Bombay plague: being a history of the progress of plague in the Bombay presidency from September 1896 to June 1899
Year: 1896
Disease focus: Plague
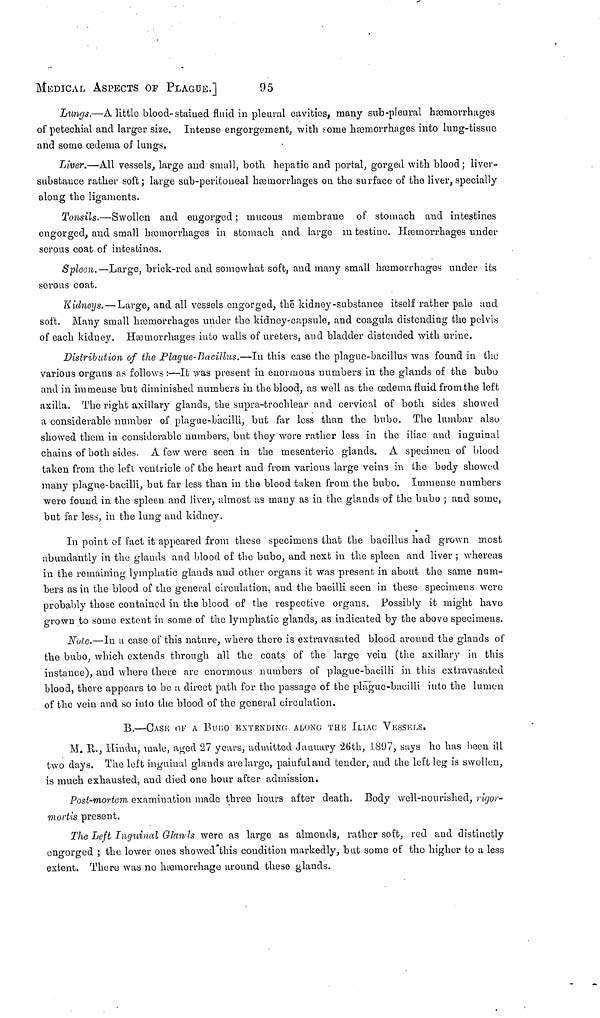
MEDICAL ASPECTS or PLAGUE.]
95
Lungs.—A little blood-stained fluid in pleural cavities, many sub-pleural hemorrhages
of petechial and larger size. Intense engorgement, with some hæmorrhages into lung-tissue
and some œdema of lungs.
Liver.—All vessels, large and small, both hepatic and portal, gorged with blood ; liver-
substance rather soft; large sub-peritoneal hæœmorrhages on the surface of the liver, specially
along the ligaments.
Tonsils.—Swollen and engorged ; mucous membrane of stomach and intestines
engorged, and small hemorrhages in stomach and large in testine. Hemorrhages under
serous coat of intestinos.
Spleen.—Large, brick-red and somewhat soft, and many small hemorrhages under its
serous coat.
Kidneys.—Large, and all vessels engorged, the kidney-substance itself rather pale and
soft. Many small hemorrhages under the kidney-capsule, and coagula distending the pelvis
of each kidney. Hæœmorrhages into walls of ureters, and bladder distended with urine.
Distribution of the Plague-Bacillus.—In this case the plague-bacillus was found in the
various organs as follows :—It was present in enormous numbers in the glands of the bubo
and in immense but diminished numbers in the blood, as well as the oedema fluid from the left
axilla. The right axillary glands, the supra-trochlear and cervical of both sides showed
a considerable number of plague-bacilli, but far loss than the bubo. The lumbar also
showed them in considerable numbers, but they were rather less in the iliac and inguinal
chains of both sides. A few were seen in the mesenteric glands. A specimen of blood
taken from the left ventricle of the heart and from various large veins in the body showed
many plague-bacilli, but far less than in the blood taken from the bubo. Immense numbers
were found in the spleen and liver, almost as many as in the glands of the bubo ; and some,
but far less, in the lung and kidney.
In point of fact it appeared from these specimens that the bacillus had grown most
abundantly in the glands and blood of the bubo, and next in the spleen and liver ; whereas
in the remaining lymphatic glands and other organs it was present in about the same num-
bers as in the blood of the general circulation, and the bacilli seen in these specimens were
probably those contained in the blood of the respective organs. Possibly it might have
grown to some extent in some of the lymphatic glands, as indicated by the above specimens.
N'ote.—In a case of this nature, where there is extravasated blood around the glands of
the bubo, which extends through all the coats of the large vein (the axillary in this
instance), and where there are enormous numbers of plague-bacilli in this extravasated
blood, there appears to be a direct path for the passage of the plague-bacilli into the lumen
of the vein and so into the blood of the general circulation.
B.—CASK OF A Buno EXTENDING ALONG THE ILIAC VUSSKLS.
M. H. R., Hindu, male, aged 27 years, admitted January 26lh, 1897, says ho has been ill
two days. The left inguinal glands are largo, painful and tender, and the left leg is swollen,
is much exhausted, and died one hour after admission.
Post-mortem examination made three hours after death. Body well-nourished, rigor-
mortis present.
The Left Inguinal Glaivls were as large as almonds, rather soft, red and distinctly
engorged ; the lower ones showed'this condition markedly, but some of the higher to a less
extent. There was no hemorrhage around these glands.